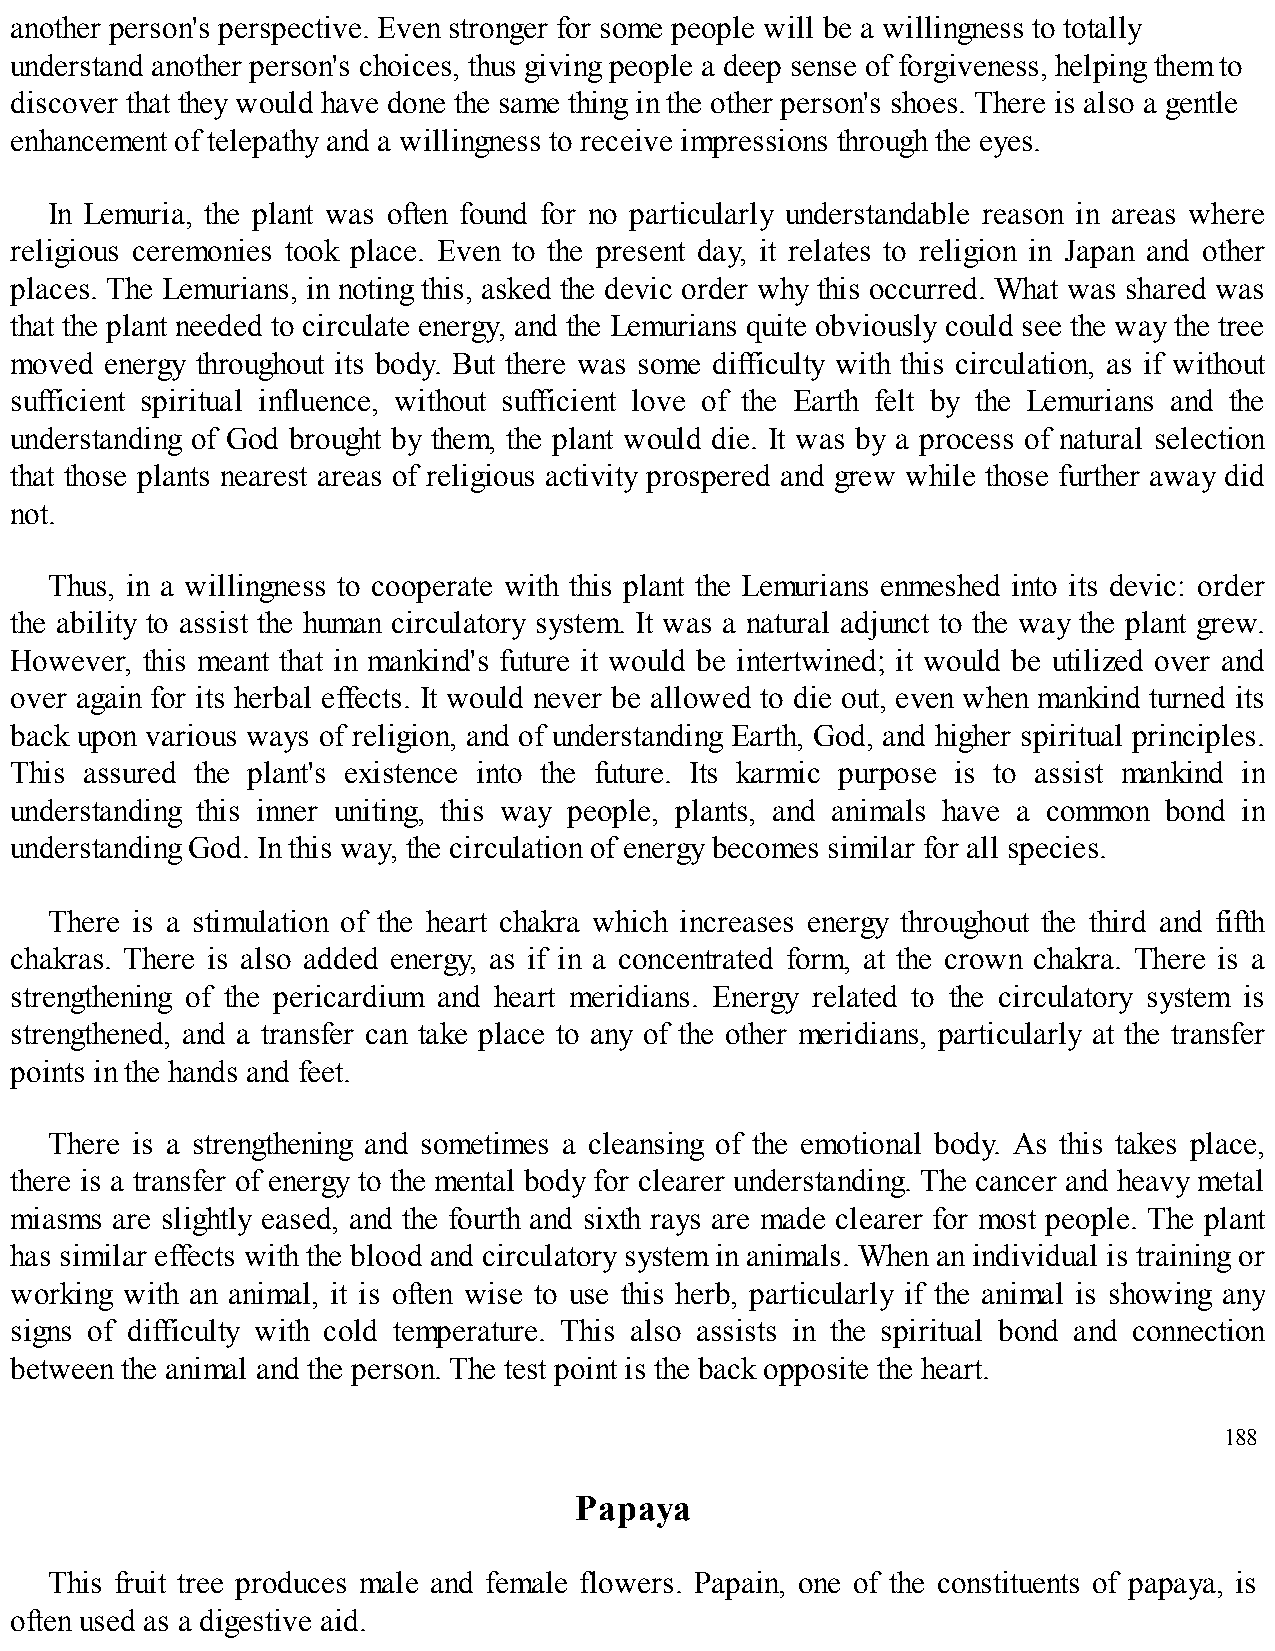
another person's perspective. Even stronger for some people will be a willingness to totally
 understand another person's choices, thus giving people a deep sense of forgiveness, helping them to
 discover that they would have done the same thing in the other person's shoes. There is also a gentle
 enhancement of telepathy and a willingness to receive impressions through the eyes.
 In Lemuria, the plant was often found for no particularly understandable reason in areas where
 religious ceremonies took place. Even to the present day, it relates to religion in Japan and other
 places. The Lemurians, in noting this, asked the devic order why this occurred. What was shared was
 that the plant needed to circulate energy, and the Lemurians quite obviously could see the way the tree
 moved energy throughout its body. But there was some difficulty with this circulation, as if without
 sufficient spiritual influence, without sufficient love of the Earth felt by the Lemurians and the
 understanding of God brought by them, the plant would die. It was by a process of natural selection
 that those plants nearest areas of religious activity prospered and grew while those further away did
 not.
 Thus, in a willingness to cooperate with this plant the Lemurians enmeshed into its devic: order
 the ability to assist the human circulatory system. It was a natural adjunct to the way the plant grew.
 However, this meant that in mankind's future it would be intertwined; it would be utilized over and
 over again for its herbal effects. It would never be allowed to die out, even when mankind turned its
 back upon various ways of religion, and of understanding Earth, God, and higher spiritual principles.
 This assured the plant's existence into the future. Its karmic purpose is to assist mankind in
 understanding this inner uniting, this way people, plants, and animals have a common bond in
 understanding God. In this way, the circulation of energy becomes similar for all species.
 There is a stimulation of the heart chakra which increases energy throughout the third and fifth
 chakras. There is also added energy, as if in a concentrated form, at the crown chakra. There is a
 strengthening of the pericardium and heart meridians. Energy related to the circulatory system is
 strengthened, and a transfer can take place to any of the other meridians, particularly at the transfer
 points in the hands and feet.
 There is a strengthening and sometimes a cleansing of the emotional body. As this takes place,
 there is a transfer of energy to the mental body for clearer understanding. The cancer and heavy metal
 miasms are slightly eased, and the fourth and sixth rays are made clearer for most people. The plant
 has similar effects with the blood and circulatory system in animals. When an individual is training or
 working with an animal, it is often wise to use this herb, particularly if the animal is showing any
 signs of difficulty with cold temperature. This also assists in the spiritual bond and connection
 between the animal and the person. The test point is the back opposite the heart.
 188
 Papaya
 This fruit tree produces male and female flowers. Papain, one of the constituents of papaya, is
 often used as a digestive aid.